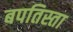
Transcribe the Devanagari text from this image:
बपतिस्ता